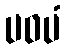
ပဝပံ